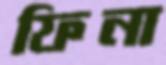
ফিনা